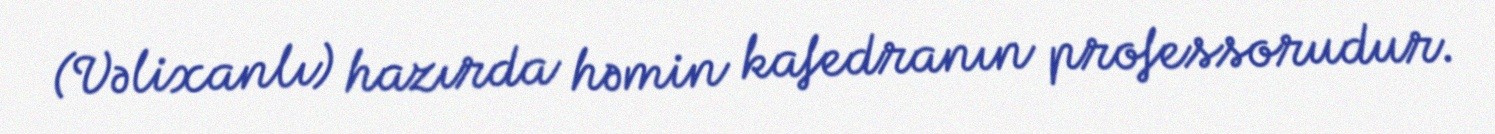
(Vəlixanlı) hazırda həmin kafedranın professorudur.